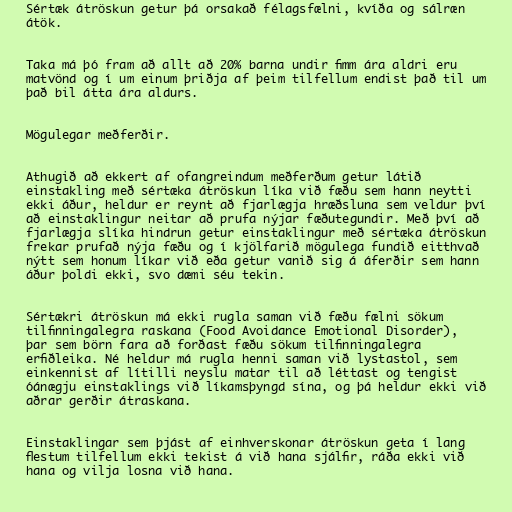
Sértæk átröskun getur þá orsakað félagsfælni, kvíða og sálræn
átök.

Taka má þó fram að allt að 20% barna undir fimm ára aldri eru
matvönd og í um einum þriðja af þeim tilfellum endist það til um
það bil átta ára aldurs.

Mögulegar meðferðir.

Athugið að ekkert af ofangreindum meðferðum getur látið
einstakling með sértæka átröskun líka við fæðu sem hann neytti
ekki áður, heldur er reynt að fjarlægja hræðsluna sem veldur því
að einstaklingur neitar að prufa nýjar fæðutegundir. Með því að
fjarlægja slíka hindrun getur einstaklingur með sértæka átröskun
frekar prufað nýja fæðu og í kjölfarið mögulega fundið eitthvað
nýtt sem honum líkar við eða getur vanið sig á áferðir sem hann
áður þoldi ekki, svo dæmi séu tekin.

Sértækri átröskun má ekki rugla saman við fæðu fælni sökum
tilfinningalegra raskana (Food Avoidance Emotional Disorder),
þar sem börn fara að forðast fæðu sökum tilfinningalegra
erfiðleika. Né heldur má rugla henni saman við lystastol, sem
einkennist af lítilli neyslu matar til að léttast og tengist
óánægju einstaklings við líkamsþyngd sína, og þá heldur ekki við
aðrar gerðir átraskana.

Einstaklingar sem þjást af einhverskonar átröskun geta í lang
flestum tilfellum ekki tekist á við hana sjálfir, ráða ekki við
hana og vilja losna við hana.